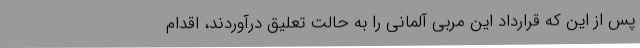
پس از این که قرارداد این مربی آلمانی را به حالت تعلیق درآوردند، اقدام